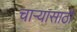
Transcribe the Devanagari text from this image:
चाऱ्यासाठी